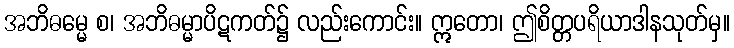
အဘိဓမ္မေ စ၊ အဘိဓမ္မာပိဋကတ်၌ လည်းကောင်း။ ဣတော၊ ဤစိတ္တပရိယာဒါနသုတ်မှ။